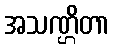
အသဏ္ဌိတာ